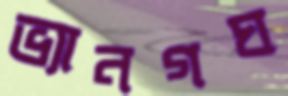
ভ্যানগঘ